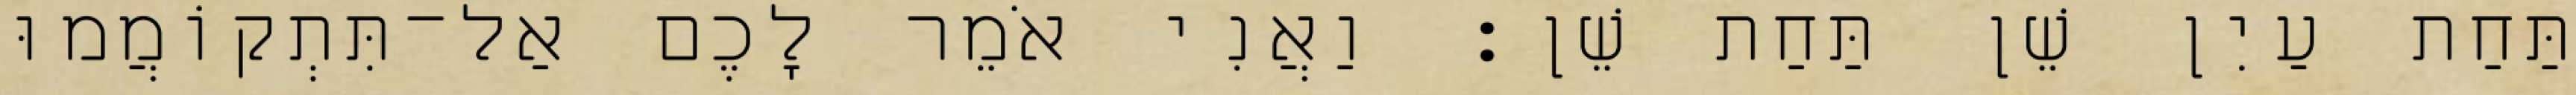
תַּחַת עַיִן שֵׁן תַּחַת שֵׁן׃ וַאֲנִי אֹמֵר לָכֶם אַל־תִּתְקוֹמֲמוּ